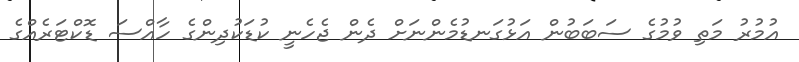
އުމުރު މަތި ވުމުގެ ސަބަބުން އަޅުގަނޑުމެންނަށް ދެން ޖެހެނީ ކުޑަކުދިންގެ ހާއްސަ ޑޮކްޓަރެއްގެ